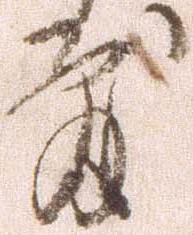
敷